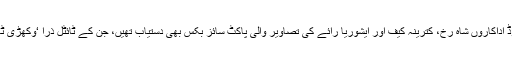
یہی نہیں بالی وڈ اداکاروں شاہ رخ، کترینہ کیف اور ایشوریا رائے کی تصاویر والی پاکٹ سائز بکس بھی دستیاب تھیں، جن کے ٹائٹل ذرا ‘وکھڑی ٹائپ’ کے تھے۔